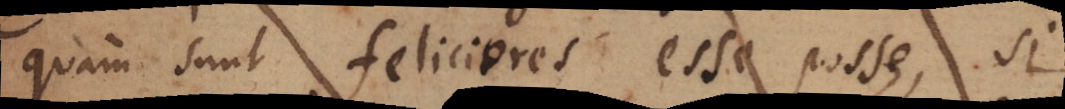
quam sunt feliciores esse posse, si